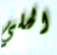
الحلي